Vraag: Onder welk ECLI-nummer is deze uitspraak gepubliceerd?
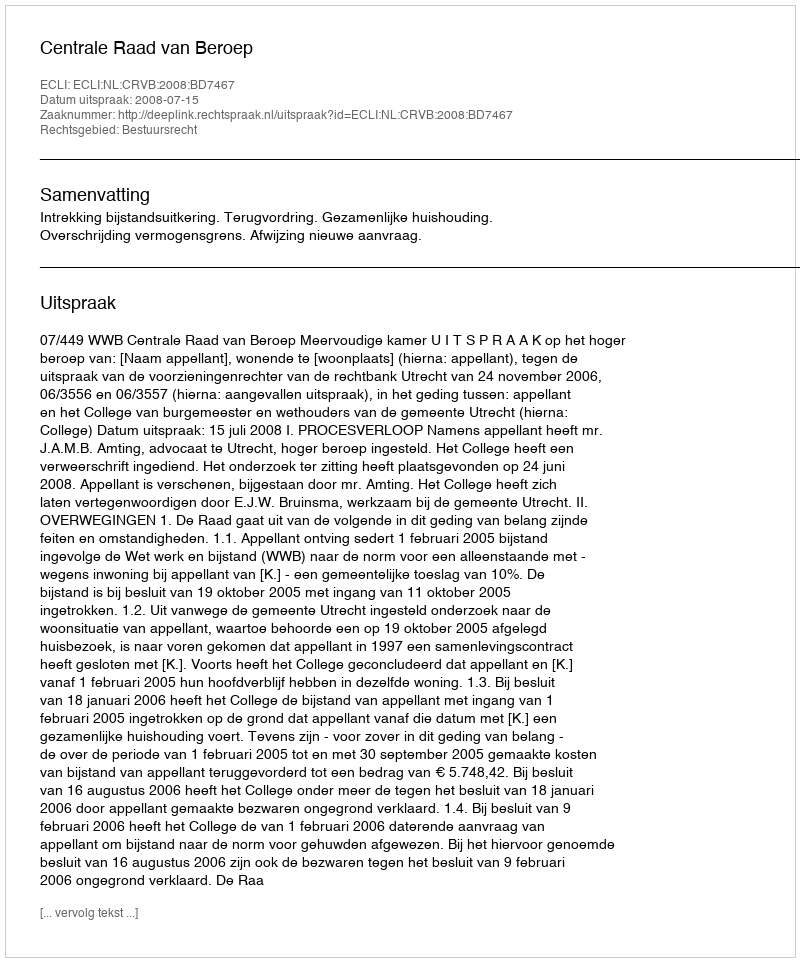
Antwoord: ECLI:NL:CRVB:2008:BD7467